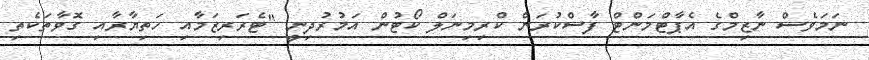
ނަމަވެސް ނާޒިމްގެ އެޕާޓްމަންޓް ފާސްކުރަން ކްރިމިނަލް ކޯޓުން އަމުރުދިނީ "ޓެރަރިޒަމާއި ހަތިޔާރާއި ގޮވާތަކެތި